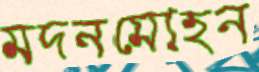
মদনমোহন